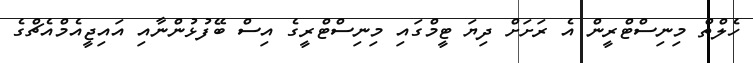
ހެލްތް މިނިސްޓްރީން އެ ރަށަށް ދިޔަ ޓީމްގައި މިނިސްޓްރީގެ އިސް ބޭފުޅުންނާއި އައިޖީއެމްއެޗްގެ